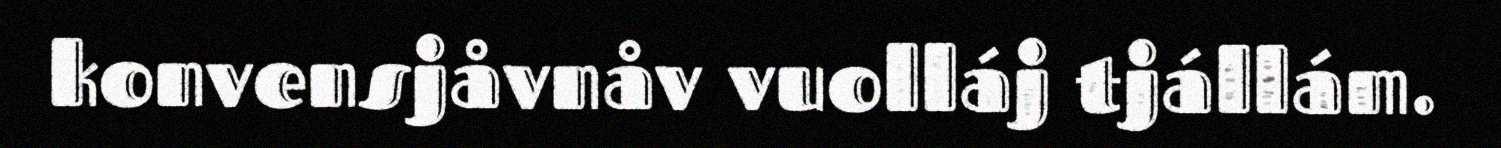
konvensjåvnåv vuolláj tjállám.